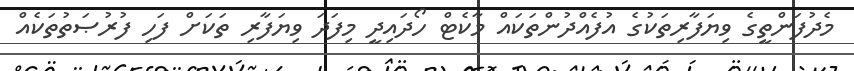
މެދުފަންތީގެ ވިޔަފާރިތަކުގެ އުފެއްދުންތަކައް މާކެޓް ހޯދައިދީ މިފަދަ ވިޔަފާރި ތަކަށް ފަހި ފުރުޞަތުތަކެއް